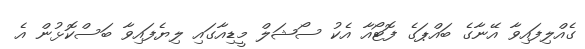
ގެއްލިފައިވާ އޭނާގެ ބައްޕަގެ ފޮޓޯއާ އެކު ސޯޝަލް މީޑިއާގައި ލިޔެފައިވާ ބަސްކޮޅުން އެ